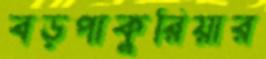
বড়পাকুরিয়ার